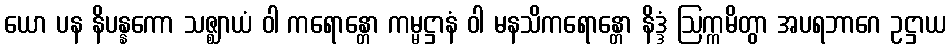
ယော ပန နိပန္နကော သဇ္ဈာယံ ဝါ ကရောန္တော ကမ္မဋ္ဌာနံ ဝါ မနသိကရောန္တော နိဒ္ဒံ ဩက္ကမိတွာ အပရဘာဂေ ဥဋ္ဌာယ